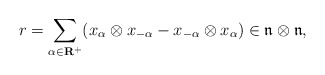
\begin{align*}r=\sum_{\alpha\in\bf R^+}(x_{\alpha}\otimes x_{-\alpha}-x_{-\alpha}\otimes x_{\alpha})\in\frak n\otimes\frak n,\end{align*}